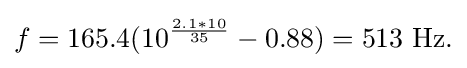
f=165.4(10^{\frac {2.1*10}{35}}-0.88)=513\ \mathrm {Hz.}